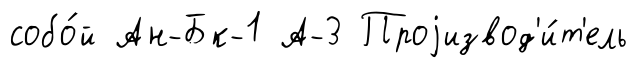
собо́й Ан-Бк-1 А-3 Проjизвод'и́т'ель